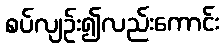
စပ်လျဉ်း၍လည်းကောင်း